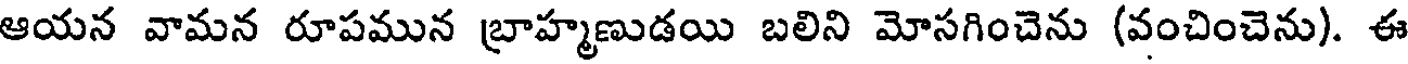
ఆయన వామన రూపమున బ్రాహ్మణుడయి బలిని మోసగించెను (వంచించెను). ఈ